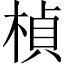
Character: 楨